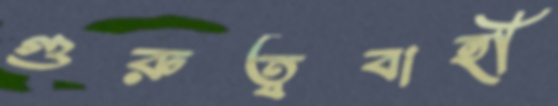
গুরুত্ববাহী